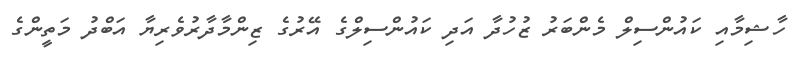
ހާޝިމާއި ކައުންސިލް މެންބަރު ޒުހުދާ އަދި ކައުންސިލްގެ އޭރުގެ ޒިންމާދާރުވެރިޔާ އަބްދު މަތީންގެ